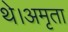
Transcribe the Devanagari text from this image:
थे।अमृता